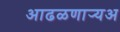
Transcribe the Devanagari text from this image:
आढळणार्‍यअ